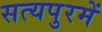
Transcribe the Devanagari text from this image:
सत्यपुरमें